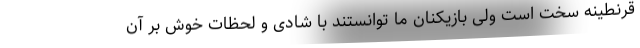
قرنطینه سخت است ولی بازیکنان ما توانستند با شادی و لحظات خوش بر آن